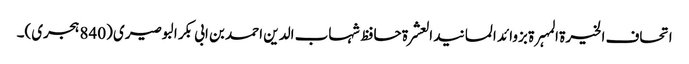
اتحاف الخیرۃ المہرۃ بزوائد المسانید العشرۃ حافظ شہاب الدین احمد بن ابی بکر البوصیری (840 ہجری)۔